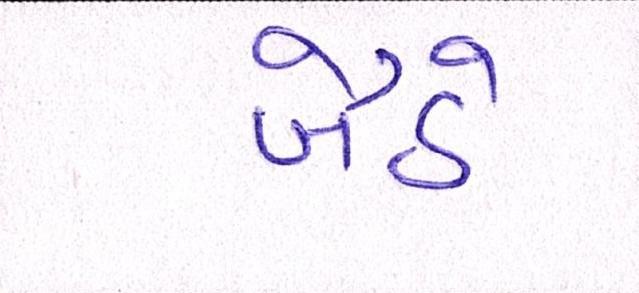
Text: બૈઠે